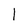
Character: 1